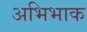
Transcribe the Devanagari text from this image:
अभिभाक